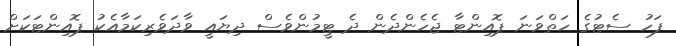
ފަހު ސެޓުގެ ހަތްވަނަ ޕޮއިންޓާ ޖެހެންދެން ދެ ޓީމުންވެސް ދިޔައީ ވާދަވެރިކަމާއެކު ޕޮއިންޓަކަށް